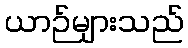
ယာဉ်များသည်